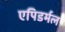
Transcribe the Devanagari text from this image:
एपिडर्मल